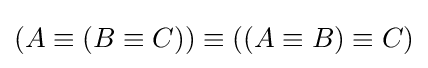
(A\equiv (B\equiv C))\equiv ((A\equiv B)\equiv C)